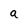
Character: q